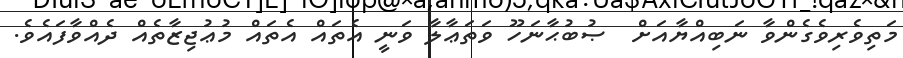
މަތިވެރިވެގެންވާ ނަބިއްޔާއަށް  ޞުބުޙާނަހޫ ވަތަޢާލާ ވަނީ އެތައް އެތައް މުޢުޖިޒާތެއް ދެއްވާފައެވެ.